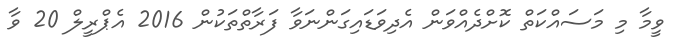
ވީމާ މި މަސައްކަތް ކޮށްދެއްވަން އެދިވަޑައިގަންނަވާ ފަރާތްތަކުން 2016 އެޕްރީލް 20 ވާ